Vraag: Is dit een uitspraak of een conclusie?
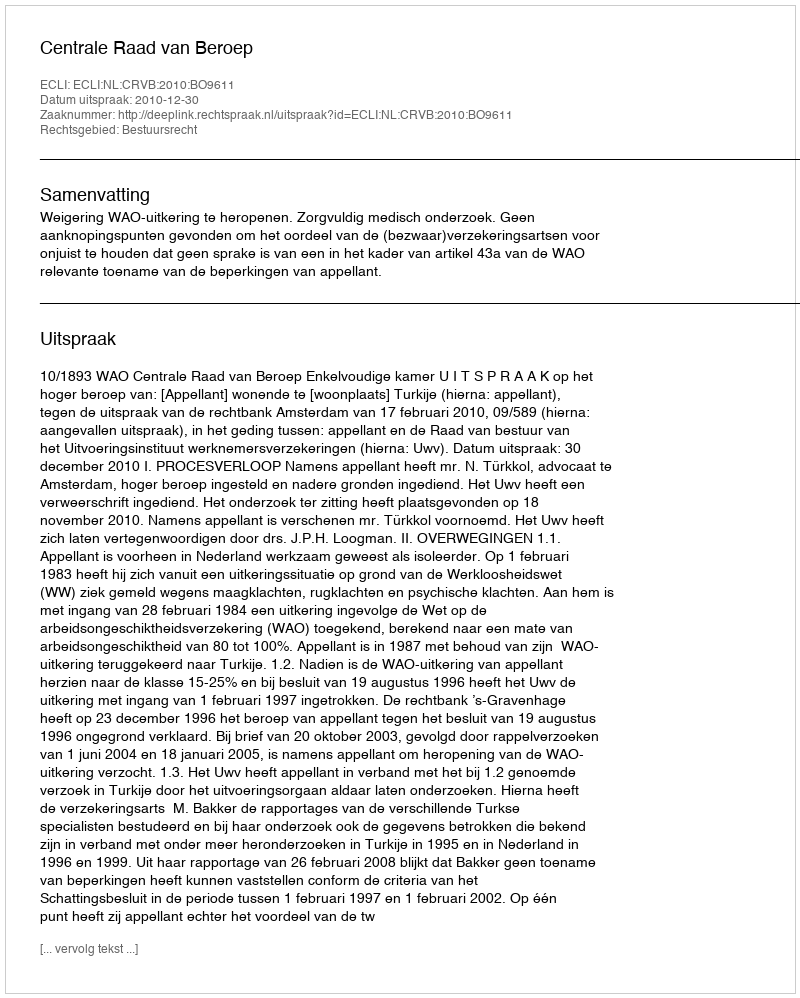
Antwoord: Uitspraak